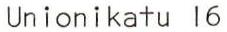
Unionikatu 16